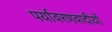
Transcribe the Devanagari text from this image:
पर्यावरणवादीयों